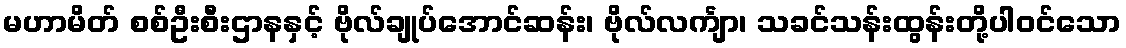
မဟာမိတ် စစ်ဦးစီးဌာနနှင့် ဗိုလ်ချုပ်အောင်ဆန်း၊ ဗိုလ်လင်္ကျာ၊ သခင်သန်းထွန်းတို့ပါဝင်သော